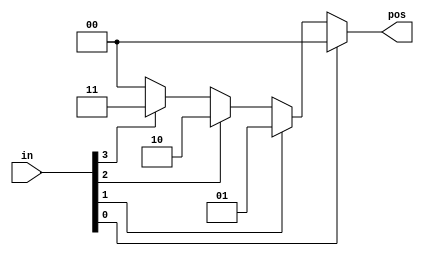
`timescale 10ns/1ns

module alwayscase2(
   
    input [3:0] in,
    output reg [1:0] pos 
);

    always @(*) begin // combi

        casex (in)
            
            4'bxxx1 : pos = 2'b00;
            4'bxx1x : pos = 2'b01;
            4'bx1xx : pos = 2'b10;
            4'b1xxx : pos = 2'b11;
                     
           
            default : pos = 2'b00;
        endcase

    end

endmodule

module tb;

    reg [3:0] in;
    wire [1:0] pos;

    alwayscase2 u0(.in(in), .pos(pos));

    initial begin

        in = 4'b0000;
        #5
        in = 4'b0001;
        #5
        in = 4'b0010;
        #5
        in = 4'b0011;
        #5
        in = 4'b0100;
         #5
        in = 4'b0101;
         #5
        in = 4'b0110;
         #5
        in = 4'b0111;
         #5
        in = 4'b1000;
         #5
        in = 4'b1001;
         #5
        in = 4'b1010;
         #5
        in = 4'b1011;
         #5
        in = 4'b1100;
         #5
        in = 4'b1101;
         #5
        in = 4'b1110;
         #5
        in = 4'b1111;
         

        $finish;
    end

    initial begin

        $dumpfile("alwayscase2.vcd");
        $dumpvars;

    end
endmodule